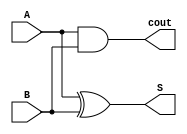
`timescale 1ns / 1ps
//////////////////////////////////////////////////////////////////////////////////
// Company: 
// Engineer: 
// 
// Design Name: 
// Module Name: half_adder
// Project Name: 
// Target Devices: 
// Tool Versions: 
// Description: 
// 
// Dependencies: 
// 
// Revision:
// Revision 0.01 - File Created
// Additional Comments:
// 
//////////////////////////////////////////////////////////////////////////////////


module half_adder(A,B,S,cout);
input A,B;
output wire S,cout;

assign S=A^B;
assign cout=A&B;
endmodule